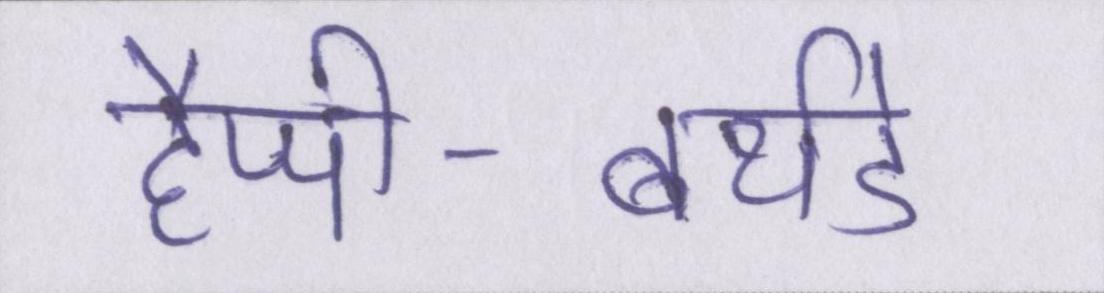
हैप्पी-बर्थडे